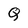
Character: Q